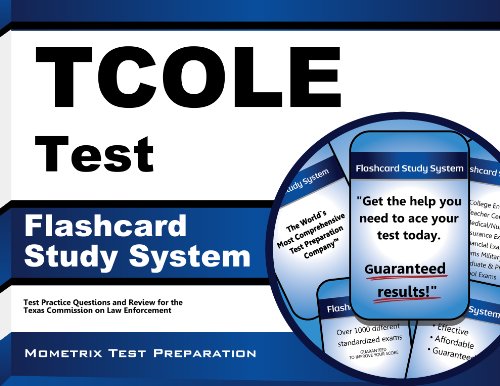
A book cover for TCOLE Test Flashcard Study System: TCOLE Exam Practice Questions & Review for the Texas Commission on Law Enforcement (Cards); TCOLE Exam Secrets Test Prep Team; Test Preparation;